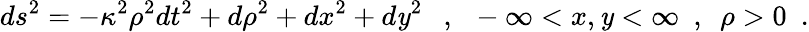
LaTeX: ds^{2}=-\kappa^{2}\rho^{2}dt^{2}+d\rho^{2}+dx^{2}+d\mathit{y}^{2}{}~~~,~~-\infty<x,\mathit{y}<\infty~~,~~\rho>0~~.